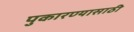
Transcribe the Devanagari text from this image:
पुकारण्यासाठी